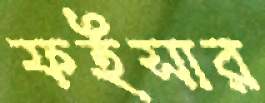
ফইসার